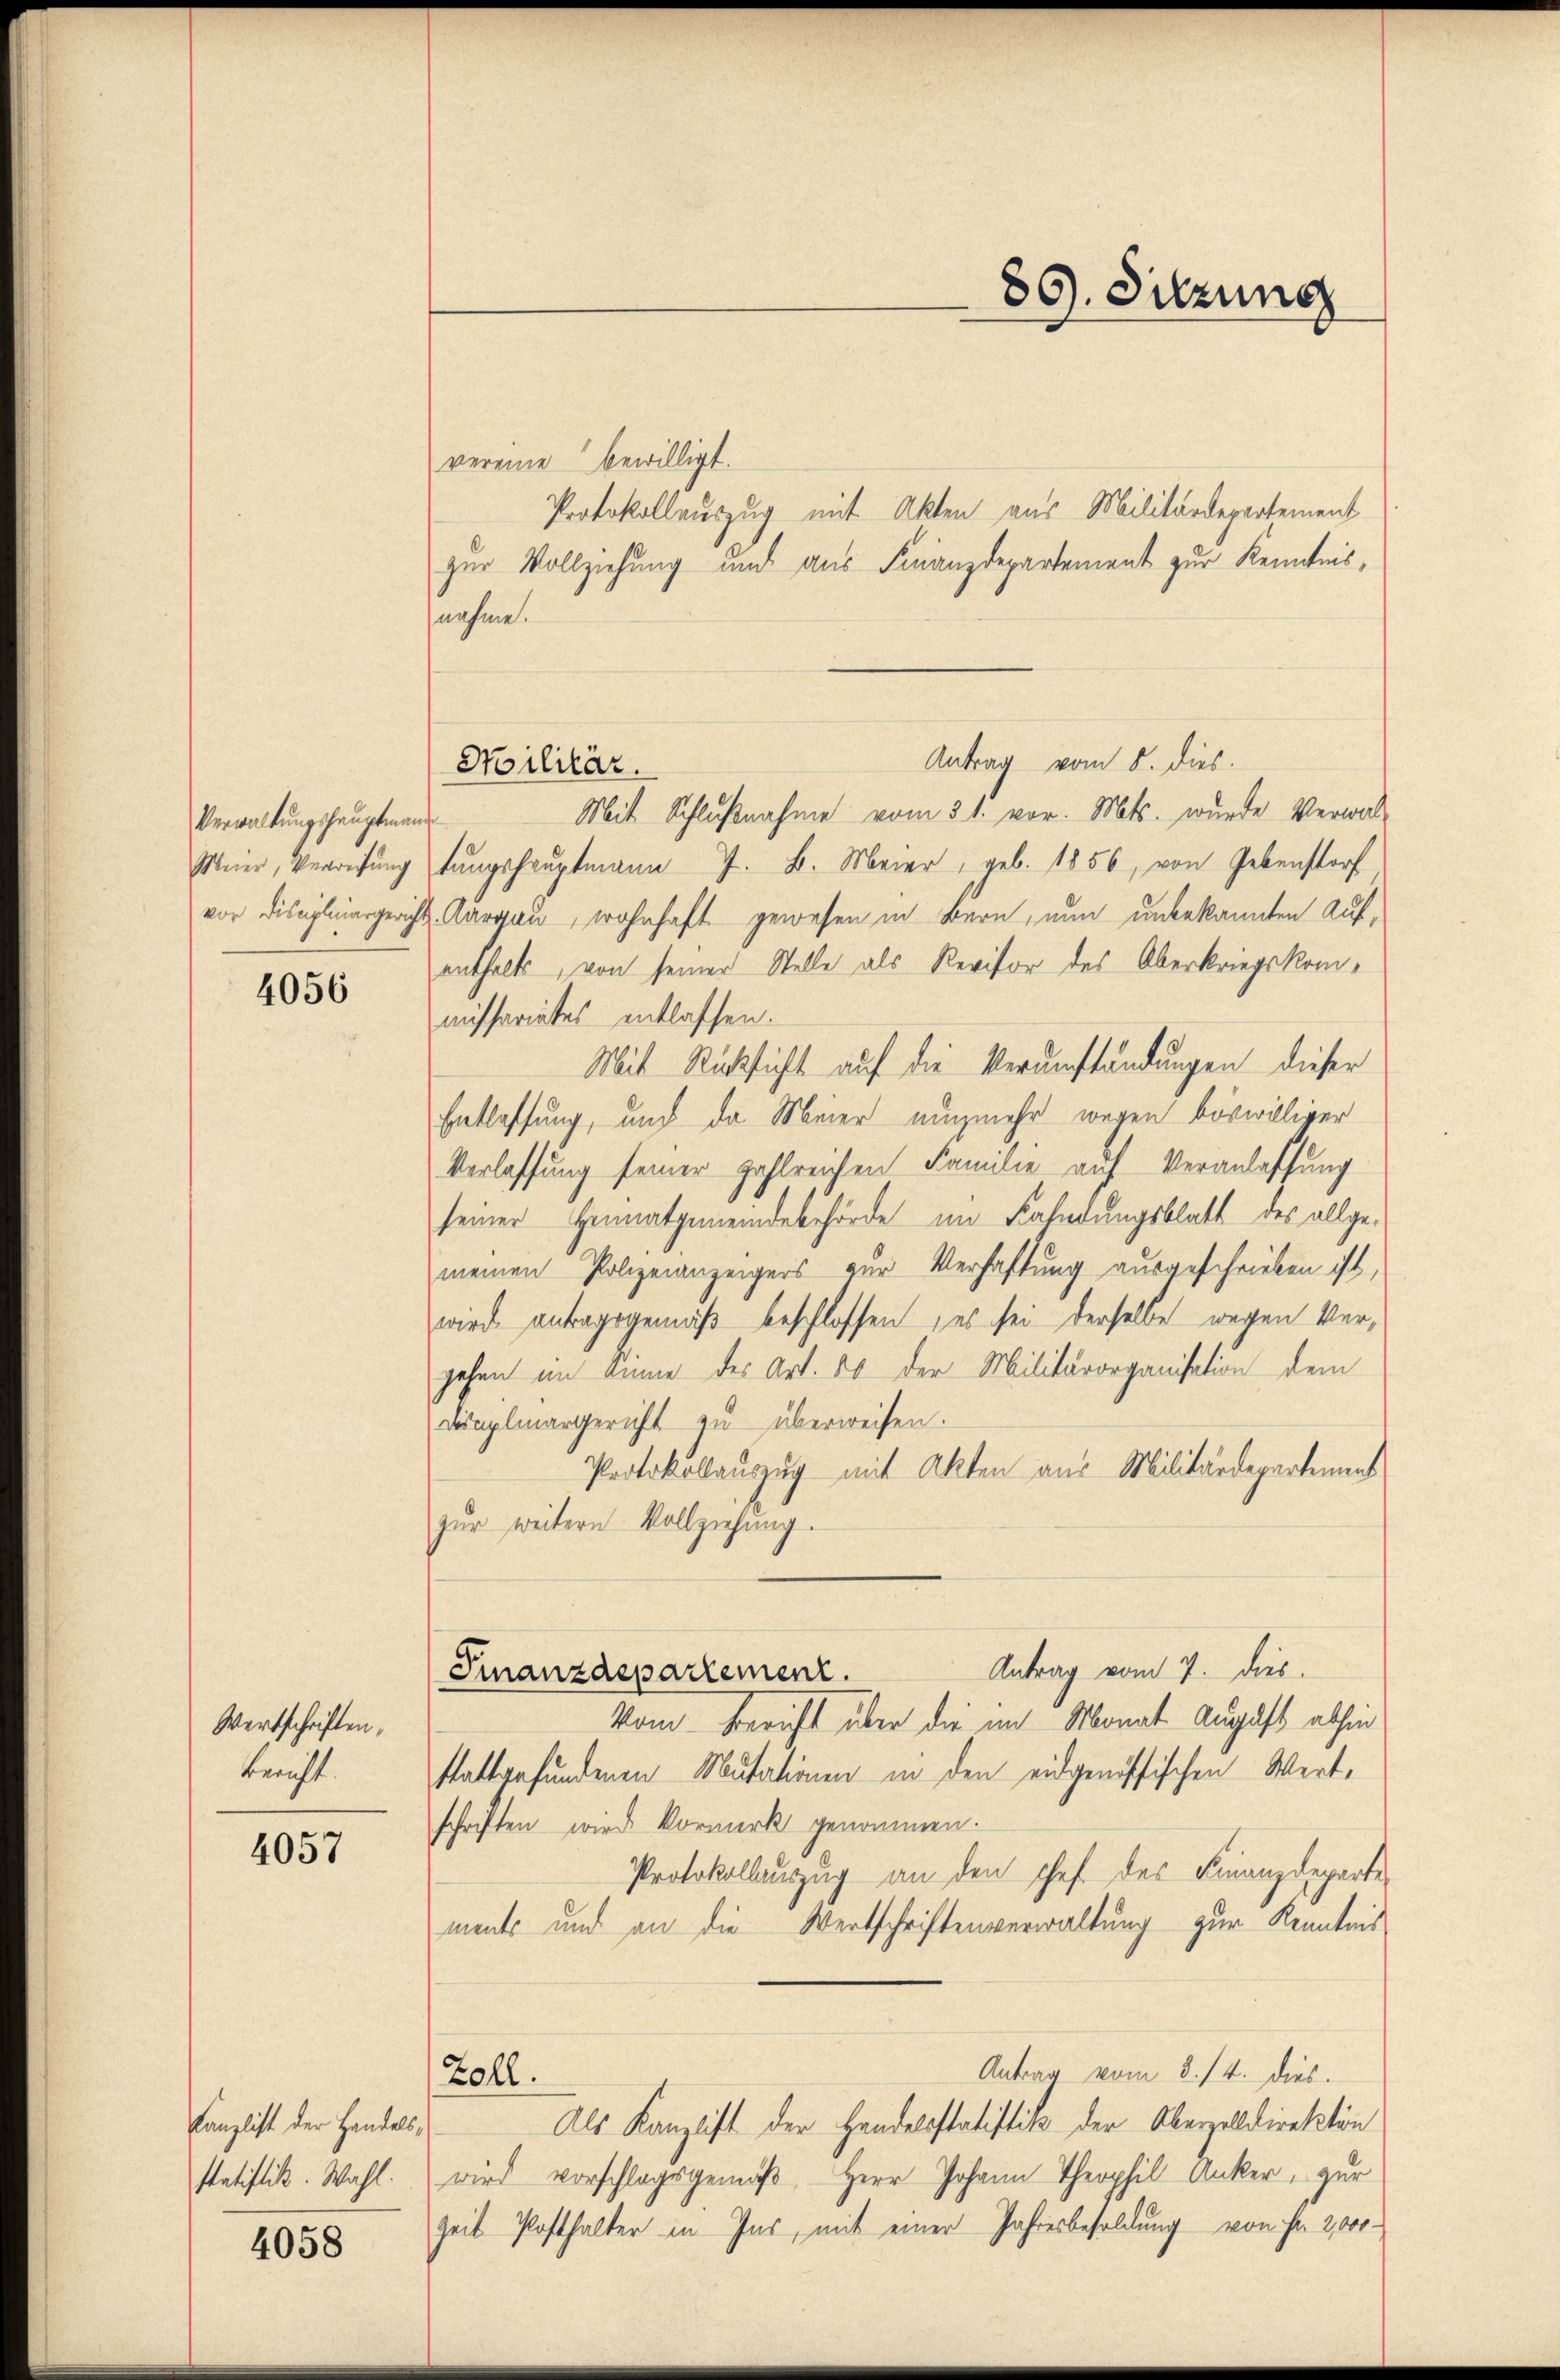
Verwaltungshauptmann

4056

Wertschriften,
bericht.

4057

Canzlist der Handels,
statistik. Wahl.

4058

vereine bewilligt.
Protokollauszug mit Akten aus Militärdepartement
zur Vollziehung und aus Finanzdepartement zur Kenntnisnahme.
Antrag vom 5. dies.
Mit Schlußnahme vom 31. vor. Mts. wurde Verwal-
Meier, Verweisŭng fangshauptmann J. B. Meier, geb. 1856, von Gebenstorf
vor Disciplinargericht. Aargau, wohnhaft gewesen in Bern, nun unbekannten Aufenthalts, von seiner Stelle als Revisor des Oberkriegskommissariates entlassen.
Mit Rücksicht auf die Verumständungen dieser
Entlassung, und da Meier nunmehr wegen böswilliger
Verlassung seiner zahlreichen Familie auf Veranlassung
seiner Heimatgemeindebehörde im Fahndungsblatt des allgemeinen Polizeianzeigers zur Verhaftung ausgeschrieben ist,
wird antragsgemäß beschlossen, es sei derselbe wegen Vergehen im Sinne des Art. 80 der Militärorganisation dem
dimpliargericht zu überweisen.
Protokollauszug mit Akten aus Militärdepartement
zŭr weitern Vollziehung.
Antrag vom 7. dies
Finanzdepartement
kam. Bericht über die im Monat August abhin
stattgefundenen Mutationen in den eidgenössischen Wertschriften wird Vormerk genommen.
Protokollauszug an den schef des Finanzdeparte
ments und an die Wertschriftenverwaltung zur Kenntnis
Antrag vom 3./4. dies.
Zoll.
Als Kanzlist der Handelsstatistik der Oberzolldirektion
wird vorschlagsgemäβ, Herr Johann Theophil Anker, zur
Zeit Posthalter in Ins, mit einer Jahresbesoldung von Fr. 2,000

Militär.

89. Diezing